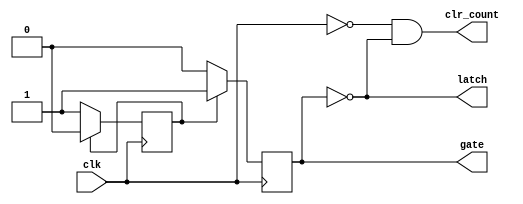
module control(clk,gate,clr_count,latch);
input clk;
output gate,clr_count,latch;
reg gate,counter;

initial
counter<=0;

always@(posedge clk)
begin
  if(counter==1)
    begin gate<=1;counter<=0;end
  else if(counter==0)
    begin gate<=0;counter<=1;end
end

assign latch=~gate;
assign clr_count=(~clk)&(~gate);

endmodule